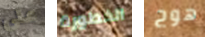
على الخطورة هوج